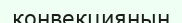
конвекцияның